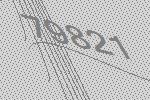
79821